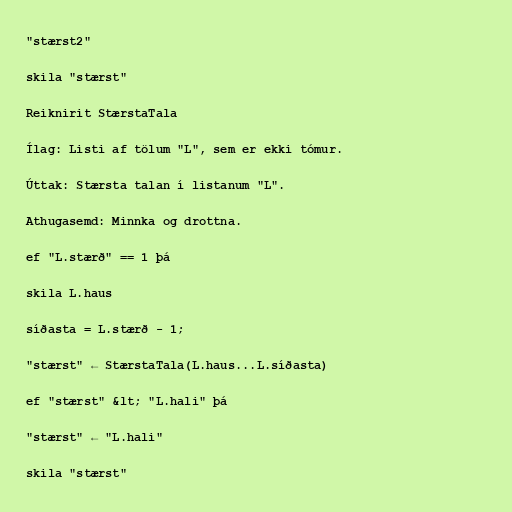
"stærst2"

skila "stærst"

Reiknirit StærstaTala

Ílag: Listi af tölum "L", sem er ekki tómur.

Úttak: Stærsta talan í listanum "L".

Athugasemd: Minnka og drottna.

ef "L.stærð" == 1 þá

skila L.haus

síðasta = L.stærð - 1;

"stærst" ← StærstaTala(L.haus...L.síðasta)

ef "stærst" &lt; "L.hali" þá

"stærst" ← "L.hali"

skila "stærst"